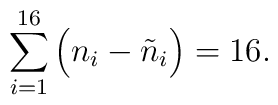
\sum_{i=1}^{16} \Big( n_i - \tilde n_i \Big) = 16.